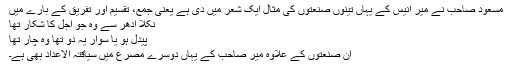
مسعود صاحب نے میر انیس کے یہاں تینوں صنعتوں کی مثال ایک شعر میں دی ہے یعنی جمع، تقسیم اور تفریق کے بارے میں
نکلا ادھر سے وہ جو اجل کا شکار تھا
پیدل ہو یا سوار یہ دو تھا وہ چار تھا
ان صنعتوں کے علاوہ میر صاحب کے یہاں دوسرے مصرع میں سیاقتہ الاعداد بھی ہے۔